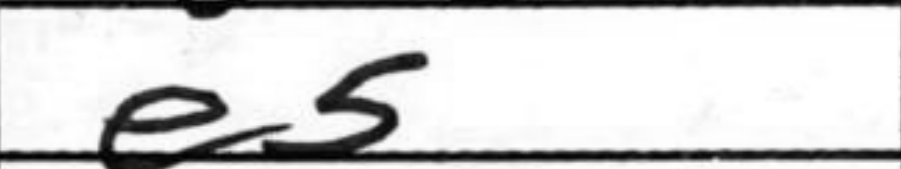
Transcription: e5